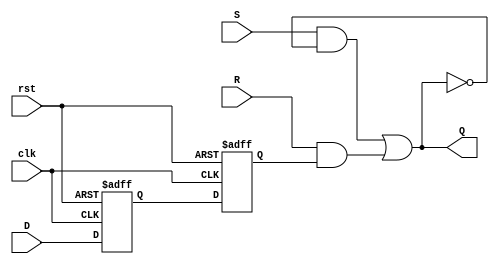
module master_slave_sr_flipflop (
    input wire clk,
    input wire rst,
    input wire D,
    input wire S, R,
    output reg Q
);

reg Q_master, Q_slave;

always @ (posedge clk or posedge rst) begin
    if (rst) begin
        Q_master <= 1'b0;
        Q_slave <= 1'b1;
    end else begin
        Q_master <= D;
        Q_slave <= Q_master;
    end
end

assign Q = (S & ~Q) | (R & Q_slave);

endmodule